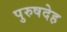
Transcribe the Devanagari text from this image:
पुरुषदेह